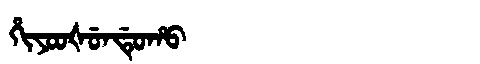
Manchu: ᡥᡳᠶᠣᠣᡧᡠᠨᡩᡠᡥᠣ
Romanization: HIYOOŠUNDUHO